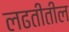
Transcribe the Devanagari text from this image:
लढतीतील